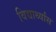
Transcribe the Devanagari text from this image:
विद्यार्थ्यांस